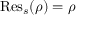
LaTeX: { \mathrm { R e s } } _ { s } ( \rho ) = \rho